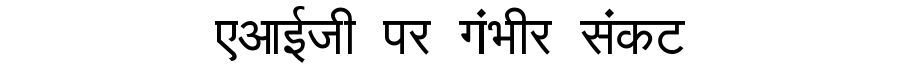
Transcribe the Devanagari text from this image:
एआईजी पर गंभीर संकट